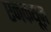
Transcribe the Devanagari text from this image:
एनकयूज़